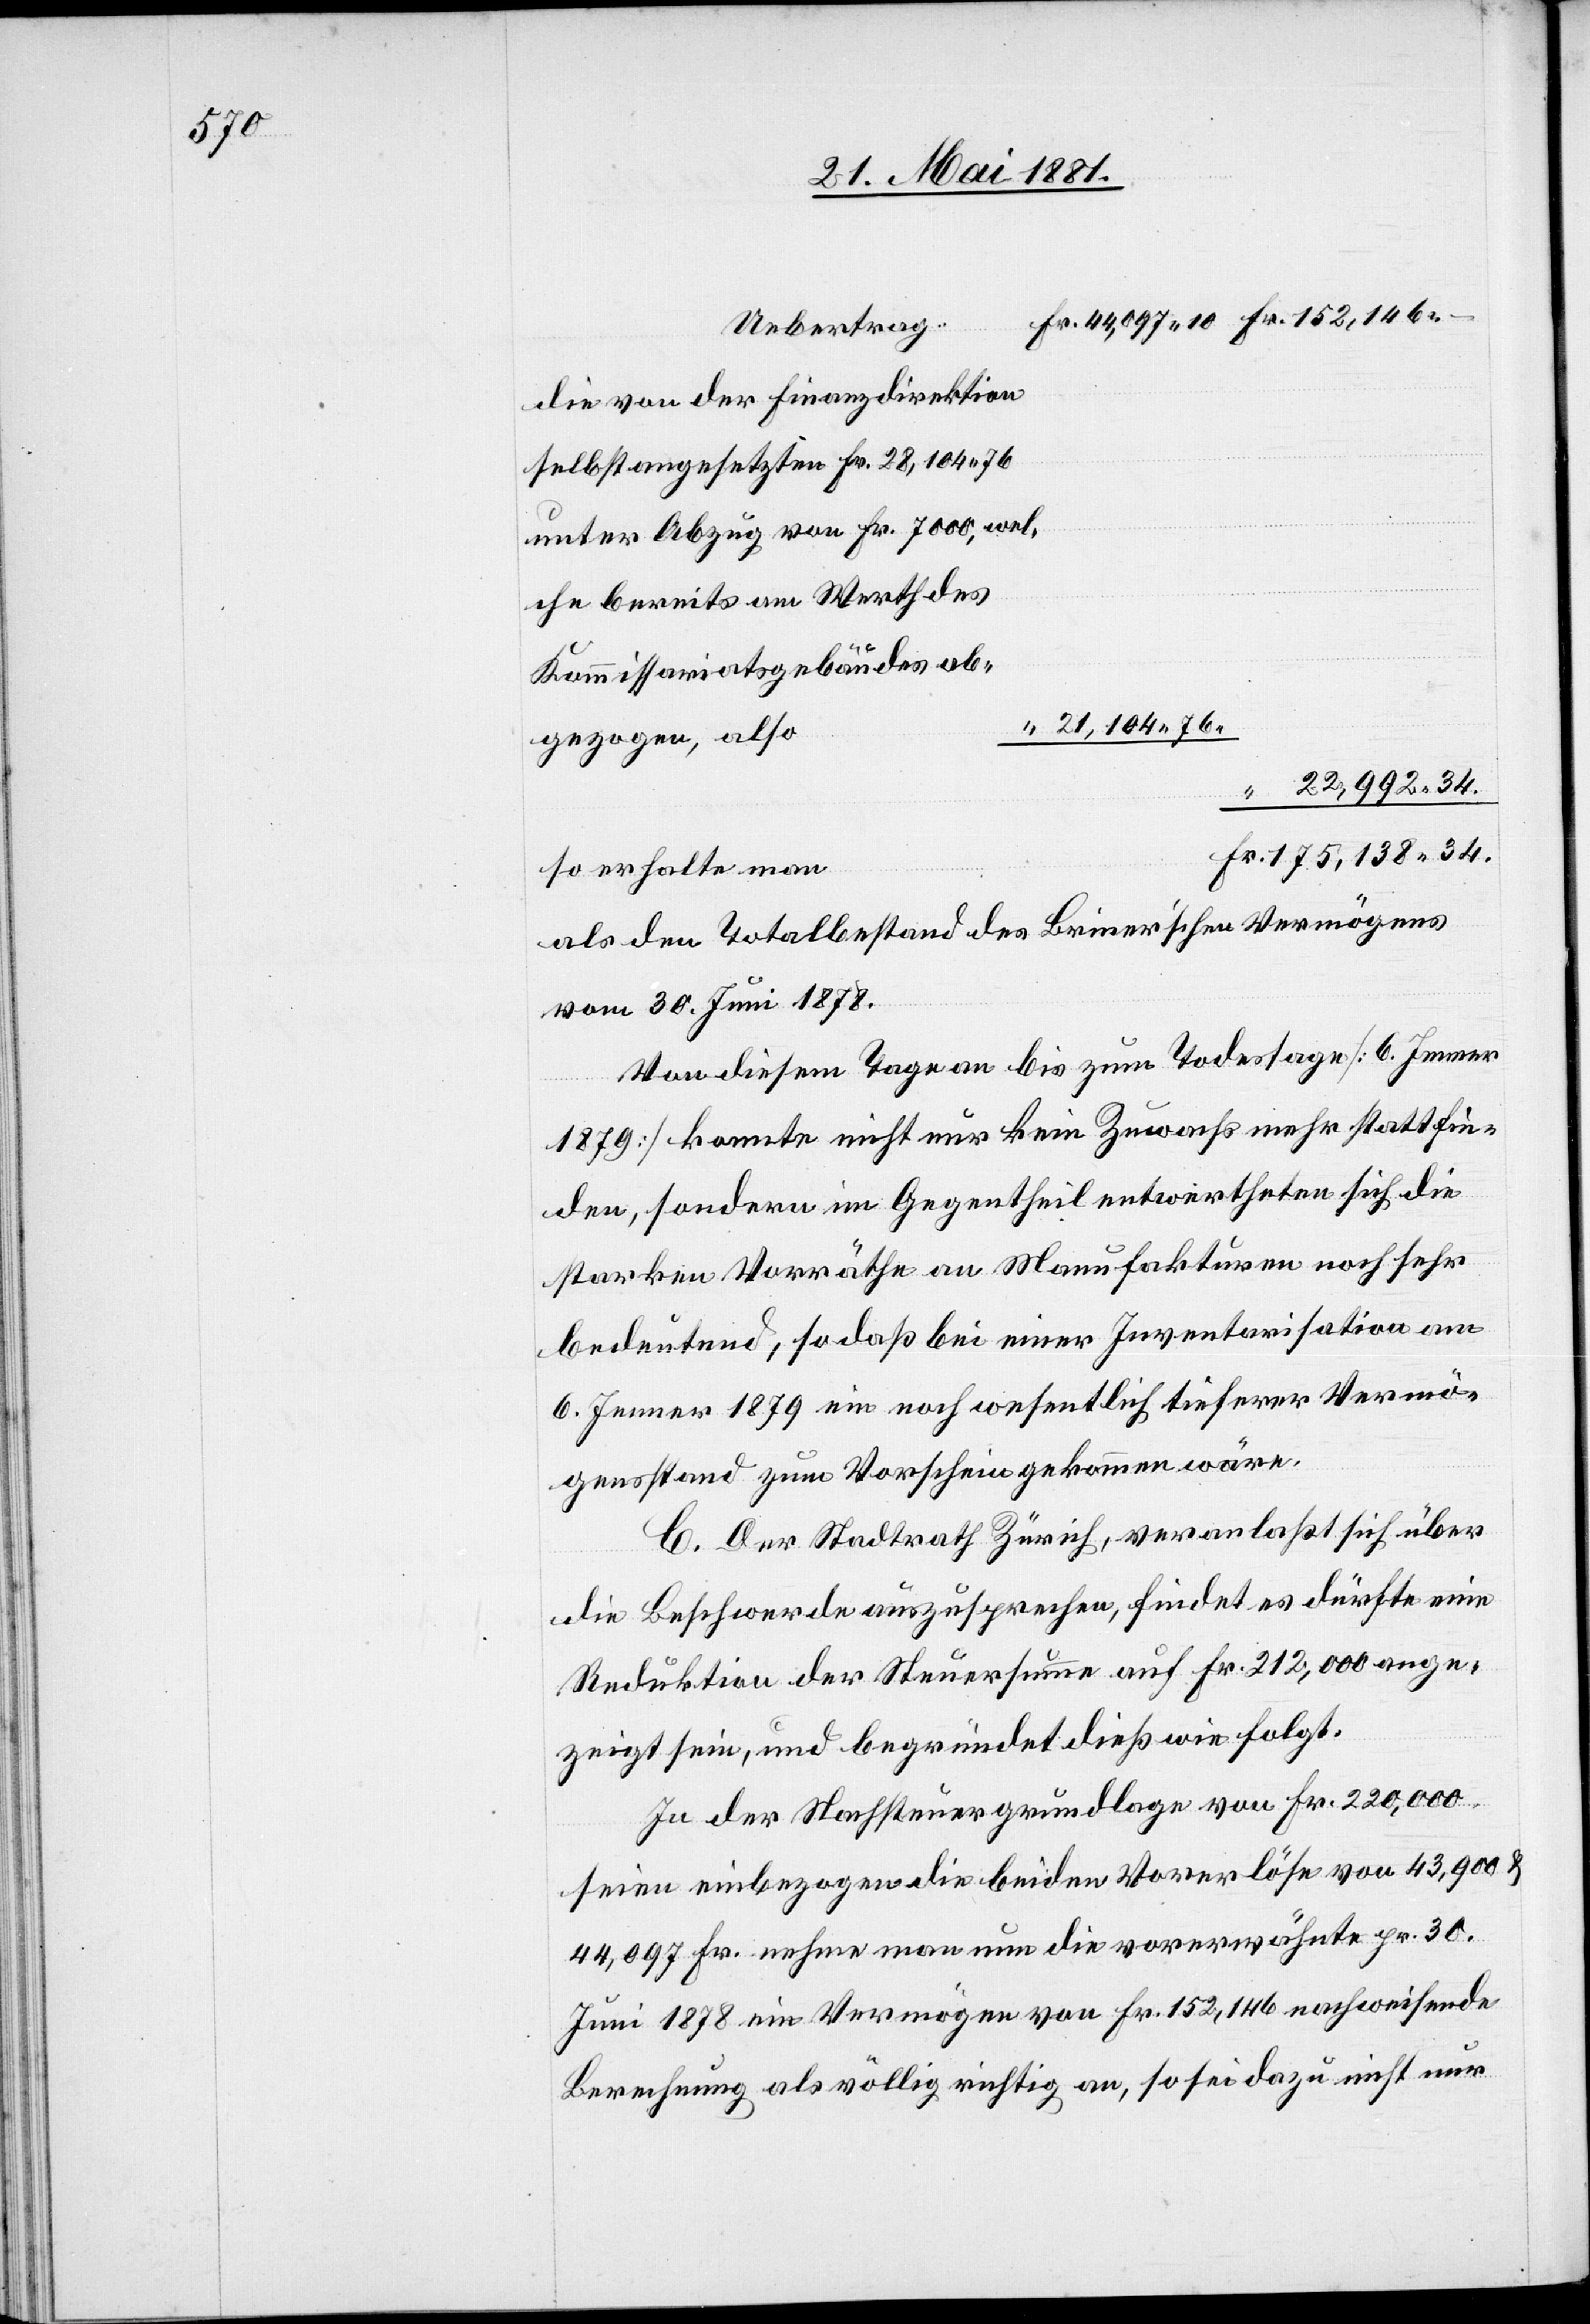
Übertrag
die von der Finanzdirektion
selbst angesetzten Fr. 28,104. 76
unter Abzug von Fr. 7000, wel¬
che bereits am Werth des
Komissariatsgebäudes
21,104. 76.
abgezogen, also
22,992. 34.
175,138. 34.
so erhalte man
als den Totalbestand des Briner’schen Vermögens
vom 30. Juni 1878.
Von diesem Tage an bis zum Todestag [6. Jenner
1879] konnte nicht nur kein Zuwachs mehr stattfin¬
den, sondern im Gegentheil entwerthen sich die
starken Vorräthe an Manufakturen noch sehr
bedeutend, so daß bei einer Inventarisation am
6. Jenner 1879 ein noch wesentlich tieferer Vermö¬
gensstand zum Vorschein gekommen wäre.
C. Der Stadtrath Zürich, veranlaßt sich über
die Beschwerde auszusprechen, findet es dürfte eine
Reduktion der Steuersumme auf Fr. 212,000 ange¬
zeigt sein, und begründet dieß wie folgt.
In der Nachsteuergrundlage von Fr. 220,000
seien einbezogen die beiden Vorerlöse von 43,900 &
44,097 Fr. nehme man nun die vorerwähnte pr. 30.
Juni 1878 ein Vermögen von Fr. 152,146 nachweisende
Berechnung als völlig richtig an, so sei dazu nicht nur